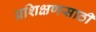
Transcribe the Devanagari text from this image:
प्रशिक्षणसाठी